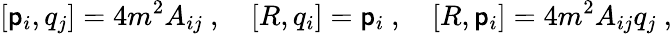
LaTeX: [\mathsf{p}_{i},q_{j}]=4m^{2}A_{ij}\ ,\quad[R,q_{i}]=\mathsf{p}_{i}\ ,\quad[R,\mathsf{p}_{i}]=4m^{2}A_{ij}q_{j}\ ,